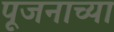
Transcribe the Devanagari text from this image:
पूजनाच्या